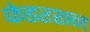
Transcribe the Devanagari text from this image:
फेडरशन